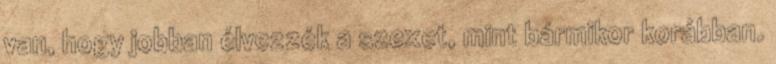
van, hogy jobban élvezzék a szexet, mint bármikor korábban.